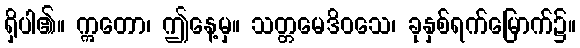
ရှိပါ၏။ ဣတော၊ ဤနေ့မှ။ သတ္တမေဒိဝသေ၊ ခုနှစ်ရက်မြောက်၌။